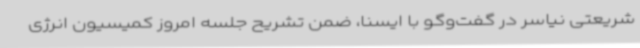
شریعتی نیاسر در گفت‌وگو با ایسنا، ضمن تشریح جلسه امروز کمیسیون انرژی